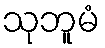
သုဘူမံ